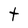
Character: t